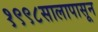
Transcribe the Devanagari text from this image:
१९९८सालापासून